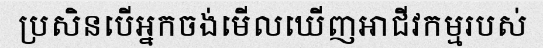
ប្រសិនបើអ្នកចង់មើលឃើញអាជីវកម្មរបស់